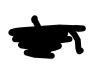
Text: in
Cross-out: mix
Writing tool: digital_black